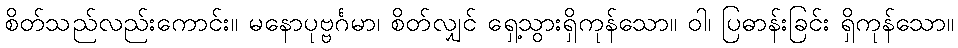
စိတ်သည်လည်းကောင်း။ မနောပုဗ္ဗင်္ဂမာ၊ စိတ်လျှင် ရှေ့သွားရှိကုန်သော။ ဝါ၊ ပြဓာန်းခြင်း ရှိကုန်သော။